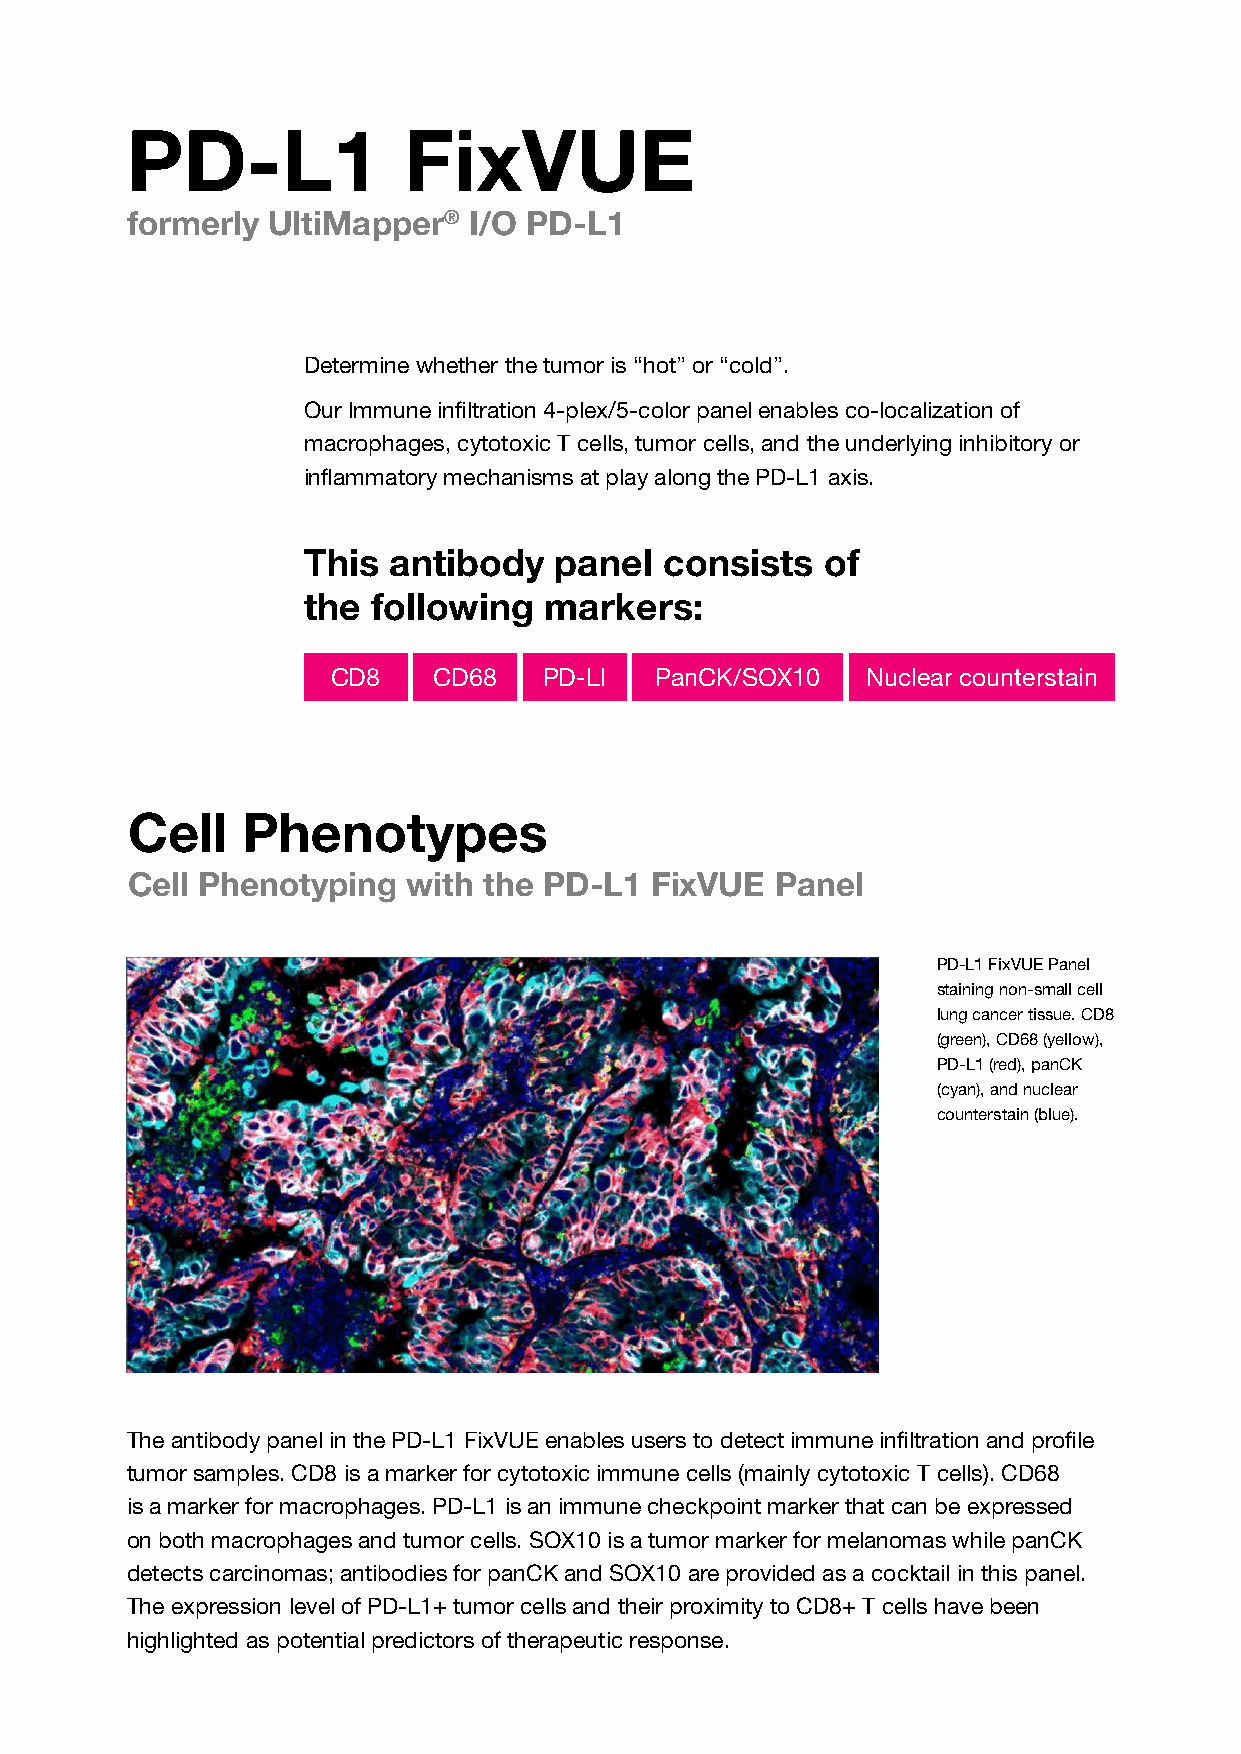
PD-L1              FixVUE
 formerly  UltiMapper®  I/O PD-L1
 Determine whether the tumor is “hot” or “cold”.
 Our Immune infiltration 4-plex/5-color panel enables co-localization of
 macrophages, cytotoxic T cells, tumor cells, and the underlying inhibitory or
 inflammatory mechanisms at play along the PD-L1 axis.
 This  antibody   panel  consists   of
 the  following  markers:
 CD8    CD68   PD-LI  PanCK/SOX10   Nuclear counterstain
 Cell    Phenotypes
 Cell Phenotyping   with the PD-L1  FixVUE  Panel
 PD-L1 FixVUE Panel
 staining non-small cell
 lung cancer tissue. CD8
 (green), CD68 (yellow),
 PD-L1 (red), panCK
 (cyan), and nuclear
 counterstain (blue).
 The antibody panel in the PD-L1 FixVUE enables users to detect immune infiltration and profile
 tumor samples. CD8 is a marker for cytotoxic immune cells (mainly cytotoxic T cells). CD68
 is a marker for macrophages. PD-L1 is an immune checkpoint marker that can be expressed
 on both macrophages and tumor cells. SOX10 is a tumor marker for melanomas while panCK
 detects carcinomas; antibodies for panCK and SOX10 are provided as a cocktail in this panel.
 The expression level of PD-L1+ tumor cells and their proximity to CD8+ T cells have been
 highlighted as potential predictors of therapeutic response.